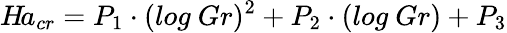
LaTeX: H\! a_{cr}=P_{1}\cdot(log\ Gr)^{2}+P_{2}\cdot(log\ Gr)+P_{3}